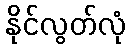
နိုင်လွတ်လုံ